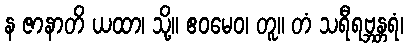
န ဇာနာတိ ယထာ၊ သို့။ ဧဝမေဝ၊ တူ။ တံ သရီရဗ္ဘန္တရံ၊